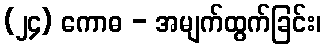
(၂၄) ကောဓ - အမျက်ထွက်ခြင်း၊